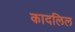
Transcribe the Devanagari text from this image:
कादलिल